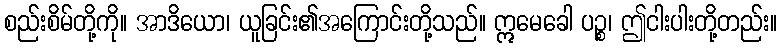
စည်းစိမ်တို့ကို။ အာဒိယော၊ ယူခြင်း၏အကြောင်းတို့သည်။ ဣမေခေါ ပဉ္စ၊ ဤငါးပါးတို့တည်း။